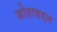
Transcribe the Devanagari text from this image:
स्रोताबद्दल